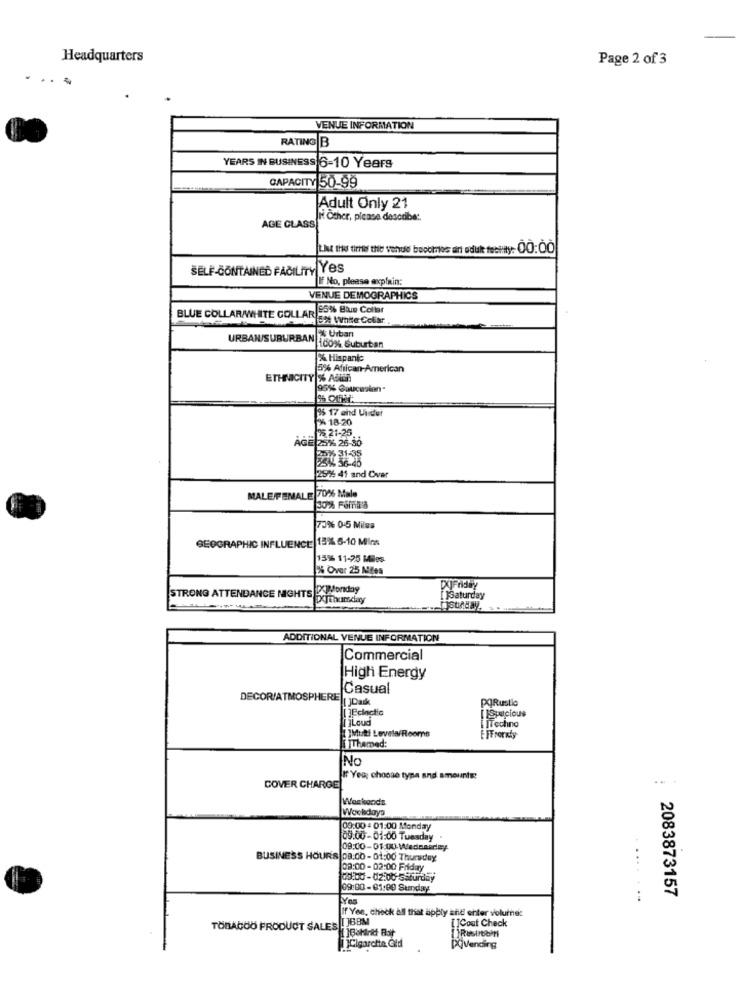
Headquarters
Page 2 of 3
-
VENUE INFORMATION
RATING B
YEARS IN BUSINESS 6-10 Years
CAPACITY 50-99
Adult Only 21
AGE CLASS"
II. Other, please describe :.
L.At the timef the venue becomes an adult feetity: 00:ÒÒ
SELF-CONTAINED FACILITY YES
If No, please explain:
VENUE DEMOGRAPHICS
BLUE COLLAR/WHITE COLLAR 55% Blue Collar
152% White Collar.
URBAN/SUBURBAN
100% Suburban
% Hispanic
3% African-American
ETHNICITY % ASKOR
95% Gaucesion
95 17 and Under
2% 18-20
25.21-25
AGE 25% 26-30
20% 31-35
25%: 41 and Over
MALE/FEMALE 70% Male
130% Fornia'a
73% 0-5 Miles
GEOGRAPHIC INFLUENCE 15% 6-10 Miles
15% 11-25 Miles
% Over 25 Miles
STRONG ATTENDANCE NIGHTS KIMonday
DUFnday
[]Saturday
mistAday.
ADDITIONAL VENUE INFORMATION
Commercial
High Energy
Casual
DECOR/ATMOSPHERE JDask
PORustio
[]Loud
[Spacious
ITechno
]Multi LevelofRooms
TThamed:
INO
COVER CHARGE
If You choose type and amounts:
Weekends
Wookdays
09:00 - 01:00 Monday
09.00 -01:00 Tuesday
09:00-01:00 Wednesday
BUSINESS HOURS 08.00 - 01:00 Thursday
08:00 - 02:00 Friday
09:00 - Cz:00 Saturday
09:00-01:00 Sunday
2083873157
..... ...
If Yes, chock all that apply and enter volume:
[]Cout Check
TOBACCO PRODUCT SALES LUBBM
PQVending